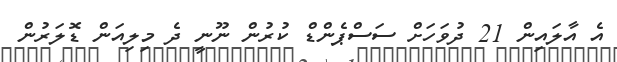
އެ އާލައިން 21 ދުވަހަށް ސަސްޕެންޑް ކުރުން ނޫނީ ދެ މިލިއަން ޑޮލަރުން